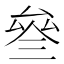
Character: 叄